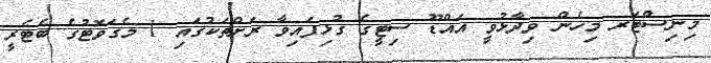
މިނިސްޓަރ މިހެން ވިދާޅުވީ އައްޑޫ ސިޓީގެ ގުޅިފައިވާ ރަށްތަކުގައި 1 މެގަވޮޓުގެ ބެޓެރީ